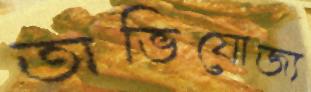
অভিযোজ্য